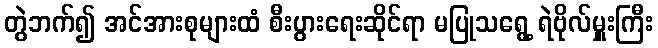
တွဲဘက်၍ အင်အားစုများထံ စီးပွားရေးဆိုင်ရာ မပြုသရွေ့ ရဲဗိုလ်မှူးကြီး